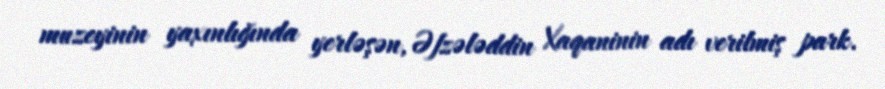
muzeyinin yaxınlığında yerləşən, Əfzələddin Xaqaninin adı verilmiş park.